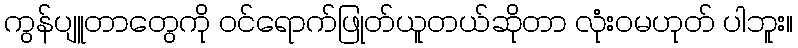
ကွန်ပျူတာတွေကို ဝင်ရောက်ဖြုတ်ယူတယ်ဆိုတာ လုံးဝမဟုတ် ပါဘူး။